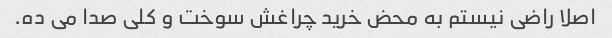
اصلا راضی نیستم به محض خرید چراغش سوخت و کلی صدا می ده.